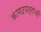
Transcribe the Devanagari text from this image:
कागदपत्राची